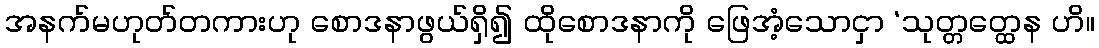
အနက်မဟုတ်တကားဟု စောဒနာဖွယ်ရှိ၍ ထိုစောဒနာကို ဖြေအံ့သောငှာ ‘သုတ္တတ္ထေန ဟိ။